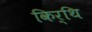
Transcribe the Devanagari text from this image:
किर्थि